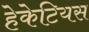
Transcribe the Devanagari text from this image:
हेकेटियस